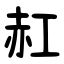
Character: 䞑